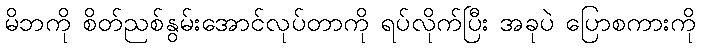
မိဘကို စိတ်ညစ်နွမ်းအောင်လုပ်တာကို ရပ်လိုက်ပြီး အခုပဲ ပြောစကားကို